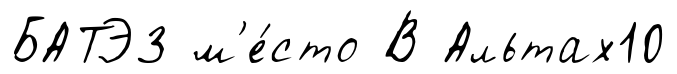
БАТЭ3 м'е́сто В Альтах10